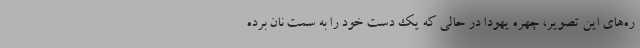
ره‌های این تصویر، چهره یهودا در حالی که یک دست خود را به سمت نان برده